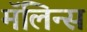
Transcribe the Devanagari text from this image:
मॅलिन्स